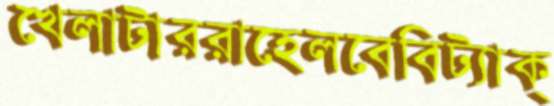
খেলাটাররাহেলবেবিট্যাক্